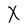
Character: X